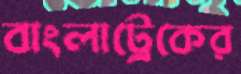
বাংলাট্রেকের